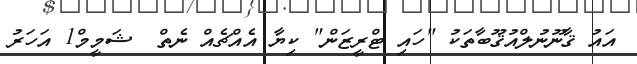
އައު ޤާނޫނުލްއުޤޫބާތަކު "ހައި ޓްރީޒަން" ކިޔާ އެއްޗެއް ނެތް  ޝަމީމް1 އަހަރު